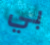
بي